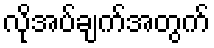
လိုအပ်ချက်အတွက်